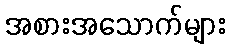
အစားအသောက်များ